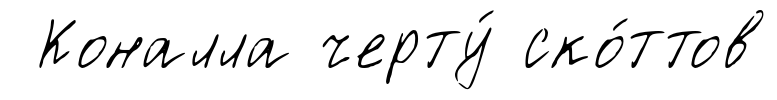
Коналла черту́ ско́ттов